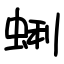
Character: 蜊